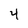
Character: 4